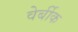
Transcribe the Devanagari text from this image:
वेर्बीक